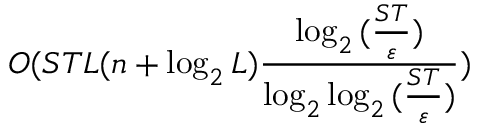
O ( S T L ( n + \log _ { 2 } L ) \frac { \log _ { 2 } { ( \frac { S T } { \varepsilon } ) } } { \log _ { 2 } \log _ { 2 } { ( \frac { S T } { \varepsilon } ) } } )